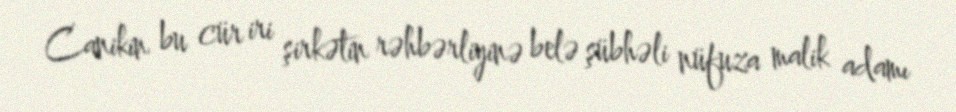
Canikin bu cür iri şirkətin rəhbərliyinə belə şübhəli nüfuza malik adamı